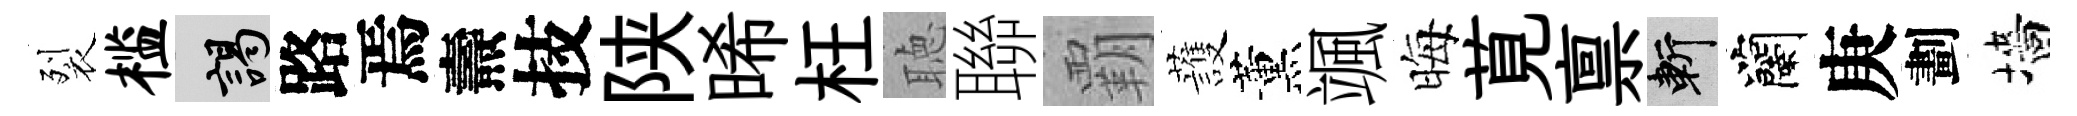
裂槛謁路焉燾技陕晞枉聴聯覇䕶薰颯晦莧禀斬蘭庚劃墻